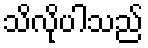
သိလိုပါသည်